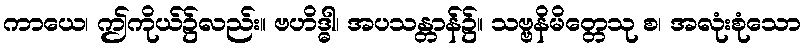
ကာယေ၊ ဤကိုယ်၌လည်း။ ဗဟိဒ္ဓါ၊ အပသန္တာန်၌။ သဗ္ဗနိမိတ္တေသု စ၊ အလုံးစုံသော